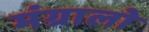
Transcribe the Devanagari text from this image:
मंग्रालो